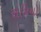
રોમિયો